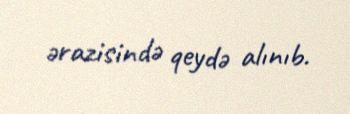
ərazisində qeydə alınıb.